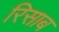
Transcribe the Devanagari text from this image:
रिसाब